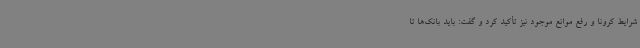
شرایط کرونا و رفع موانع موجود نیز تأکید کرد و گفت: باید بانک‌ها تا